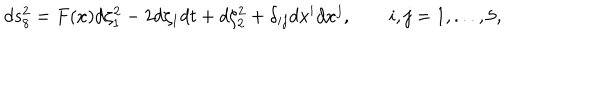
d s _ { 8 } ^ { 2 } = F ( x ) d \zeta _ { 1 } ^ { 2 } - 2 d \zeta _ { 1 } d t + d \zeta _ { 2 } ^ { 2 } + \delta _ { i j } d x ^ { i } d x ^ { j } , \qquad i , j = 1 , . . . , 5 ,